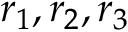
r _ { 1 } , r _ { 2 } , r _ { 3 }